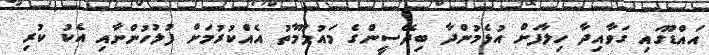
އައްޑޫގައި ގަވާއިދާ ހިލާފަށް އުޅެމުންދާ ބިދޭސީންގެ މައުލޫމާތު އެއްކުރުމަށް ފުލުހުންނާއި އެކު ކުރި